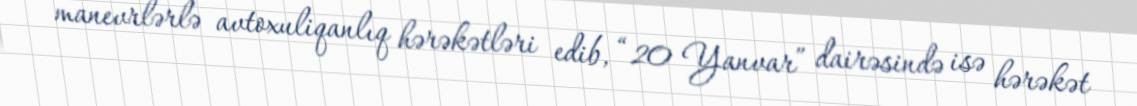
manevrlərlə avtoxuliqanlıq hərəkətləri edib, “20 Yanvar” dairəsində isə hərəkət